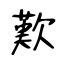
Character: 歎